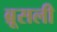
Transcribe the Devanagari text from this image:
ब्रूसली